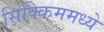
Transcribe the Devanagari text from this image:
सिक्किममध्ये